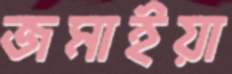
জমাইয়া